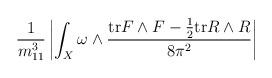
LaTeX: \begin{align*}\frac{1}{m_{11}^3}\left\vert\int_X\omega\wedge\frac{\mathrm{tr}F\wedge F - \frac{1}{2}\mathrm{tr}R\wedge R}{8\pi^2}\right\vert\end{align*}